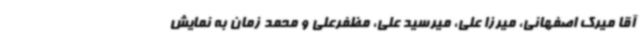
آقا میرک اصفهانی، میرزا علی، میرسید علی، مظفرعلی و محمد زمان به نمایش